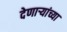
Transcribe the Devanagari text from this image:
देणाऱ्यांच्या